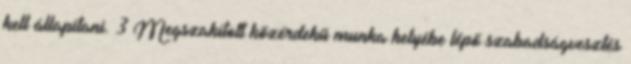
kell állapítani. 3 Megszakított közérdekű munka helyébe lépő szabadságvesztés